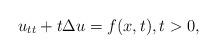
LaTeX: \begin{align*} u_{tt}+t\Delta u=f(x,t), t>0,\end{align*}